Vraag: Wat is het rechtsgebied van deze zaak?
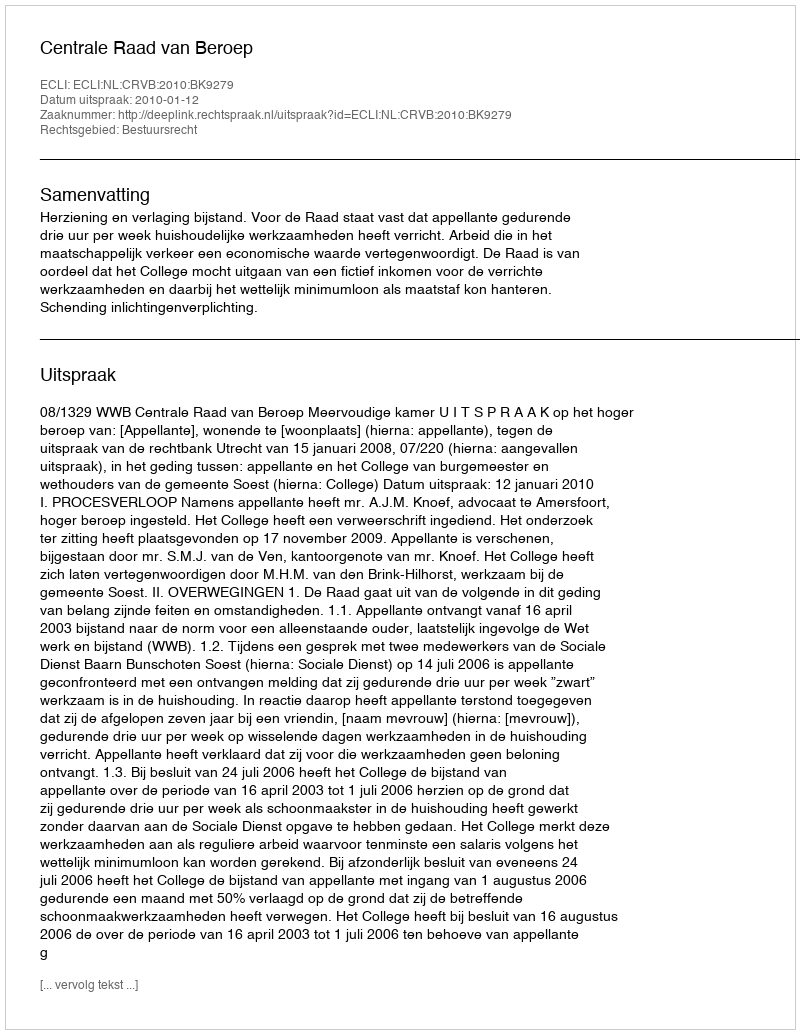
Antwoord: Bestuursrecht